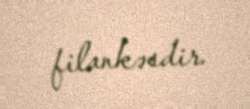
filankəsdir.